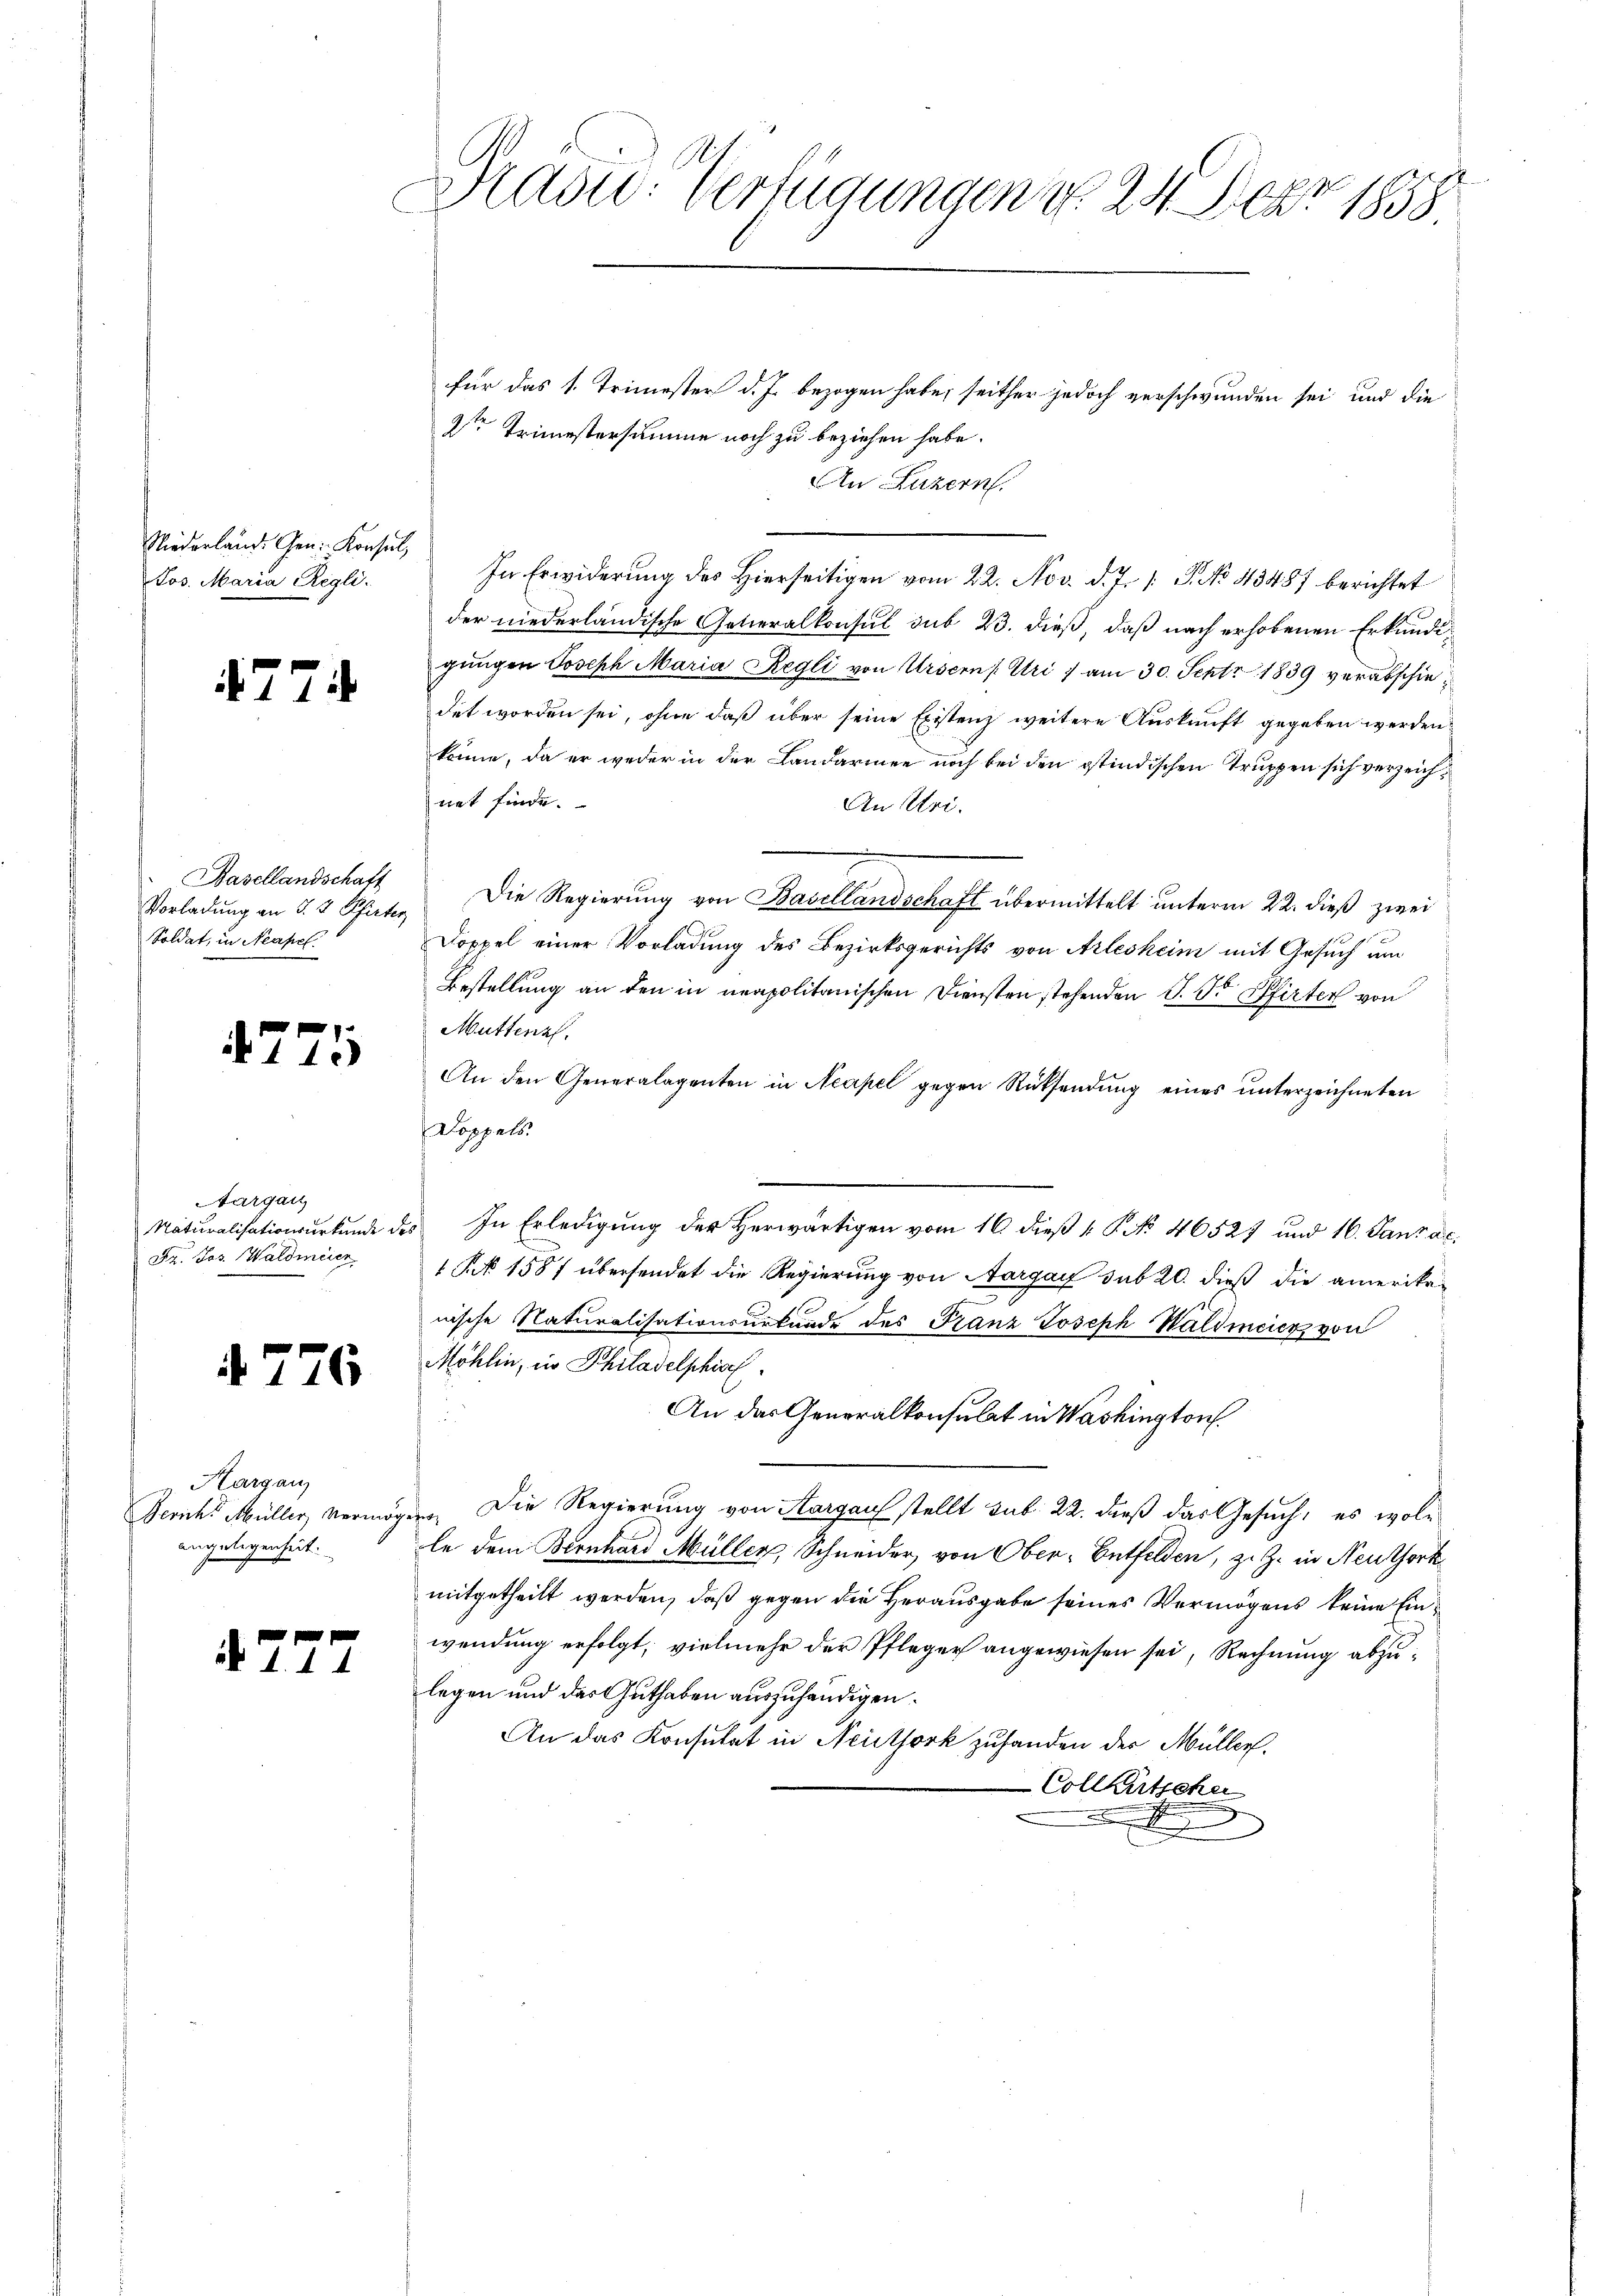
Niederlande Gen. Konsul,
Jos. Maria Regli

4774

Basellandschaft
Vorladung an S. 3 Pfister
Soldat, in Neapel

4775

Aargau
Naturalisationsurkunde de
Dr. Jos. Waldmeier

4776

v. Aargau
Gericht Müller Vermög
angelegenheit:

4777

Mad: Verfügungen No. 24. Dez. 1858

für das 1. Trimester d. Js. bezogen habe, seither jedoch verschwunden sei, und die
2ten Trimestersumme noch zu beziehen habe.
An Luzern.
In Erwiderung des Hierseitigen vom 22. Nov. d. J. P. No 13487 berichtet
der niederländische Generalkonsul sub 23. dieß, daß nach erhobenen Erkundigungen Joseph Maria Regli von Ursern, Uri / am 30. Sept. 1839 verabschiedet worden sei, ohne daß über seine Existenz weitere Auskunft gegeben werden
könne, da er weder in der Landarmen noch bei den ostindischen Truppen sich verzeichnet finde.
An Uri.
Die Regierŭng von Basellandschaft übermittelt unterm 22. dieß zwei
Doppel einer Vorladung des Bezirksgerichts von Arlesheim mit Gesuch um
Bestellung an den in neapolitanischen Diensten stehenden J. Dr. Pfirter von
Muttenzl.
An den Generalagenten in Neapel gegen Rücksendung eines unterzeichneten
Doppels.
e
.
In Erledigung der Herwärtigen vom 16. dieß v. P. No 46527 und 16. Janza.
1 § 1587 übersendet die Regierung von Aargau sub 20. dieß die amerikanische Naturalisationsurkunde des Franz Joseph Waldmeier von
Möhlin, in Philadelphisch
An das Generalkonsulat in Washington
Die Regierung von Aargau stellt sub. 22. dieß das Gesuch, es wolf
le dem Bernhard Müller, Schneider, von Ober-Entfelden, z. Z. in Neuthork
mitgetheilt werden, daß gegen die Herausgabe seines Vermögens keine Einwendung erfolgt, vielmehr der Pfleger angewiesen sei, Rechnung abzulegen und das Guthaben auszuhändigen.
An das Konsulat in Neuthork zuhanden der Müller.
 Collentschei
x